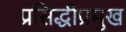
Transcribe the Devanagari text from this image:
प्रसिद्धीप्रमुख